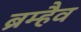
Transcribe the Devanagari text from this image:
ब्रम्हैव